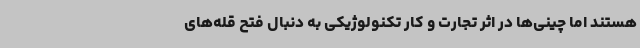
هستند اما چینی‌ها در اثر تجارت و کار تکنولوژیکی به دنبال فتح قله‌های